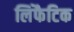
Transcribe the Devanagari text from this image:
लिंफैटिक